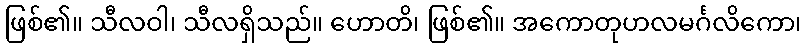
ဖြစ်၏။ သီလဝါ၊ သီလရှိသည်။ ဟောတိ၊ ဖြစ်၏။ အကောတုဟလမင်္ဂလိကော၊